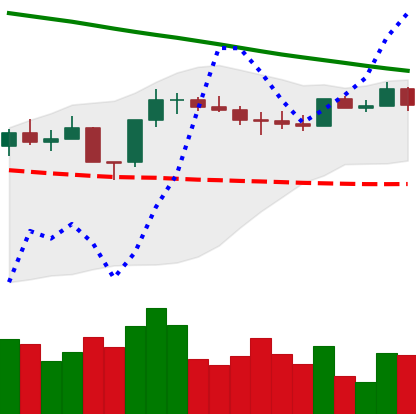
Ticker: ETH-USD
Chart end date: 2022-08-09
Forward return: 13.727%
Label: up_7plus